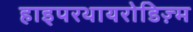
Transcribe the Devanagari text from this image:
हाइपरथायरोडिज़्म